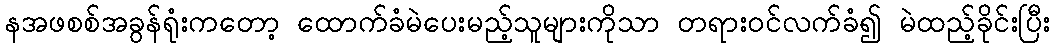
နအဖစစ်အခွန်ရုံးကတော့ ထောက်ခံမဲပေးမည့်သူများကိုသာ တရားဝင်လက်ခံ၍ မဲထည့်ခိုင်းပြီး